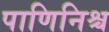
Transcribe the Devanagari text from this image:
पाणिनिश्च